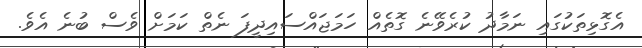
އެގޮޅިތަކުގައި ނަމާދު ކުރެވޭނެ ގޮތެއް ހަމަޖައްސައިދީފަ ނެތް ކަމަށް ވެސް ބުނެ އެވެ.